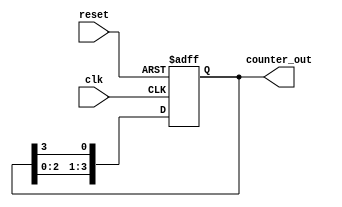
module ring_counter #(
    parameter N = 4  // Parameterize the number of flip-flops
)(
    input wire clk,     // Clock input
    input wire reset,   // Reset input
    output reg [N-1:0] counter_out // Output of the ring counter
);

    // Initial state logic
    initial begin
        counter_out = 1'b1; // Start with only the first flip-flop set
    end

    always @(posedge clk or posedge reset) begin
        if (reset) begin
            // Reset logic
            counter_out <= 1'b1; // Reset to initial state '100...0'
        end else begin
            // Shift the '1' around the ring
            counter_out <= {counter_out[N-2:0], counter_out[N-1]};
        end
    end

endmodule